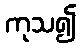
ကုသ၍